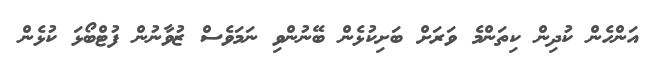
އަންހެން ކުދިން ކިތަންމެ ވަރަށް ބަށިކުޅެން ބޭނުންވި ނަމަވެސް ޒުވާނުން ފުޓްބޯޅަ ކުޅެން